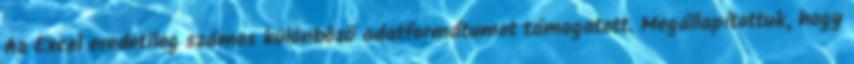
Az Excel eredetileg számos különböző adatformátumot támogatott. Megállapítottuk, hogy